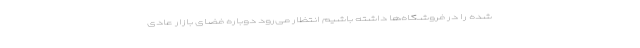
شده را در فروشگاه‌ها داشته باشیم انتظار می‌رود دوباره فضای بازار عادی